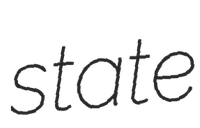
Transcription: state